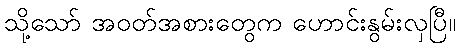
သို့သော် အဝတ်အစားတွေက ဟောင်းနွမ်းလှပြီ။